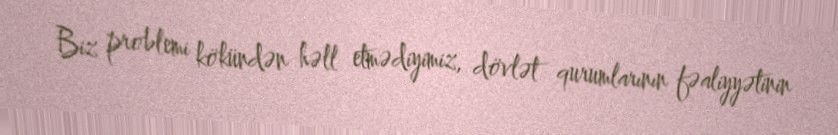
Biz problemi kökündən həll etmədiyimiz, dövlət qurumlarının fəaliyyətinin